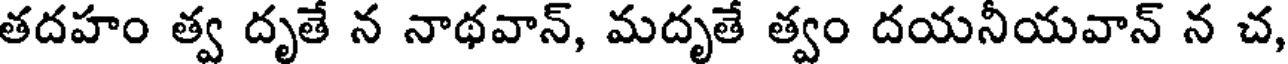
తదహం త్వ దృతే న నాథవాన్, మదృతే త్వం దయనీయవాన్ న చ,